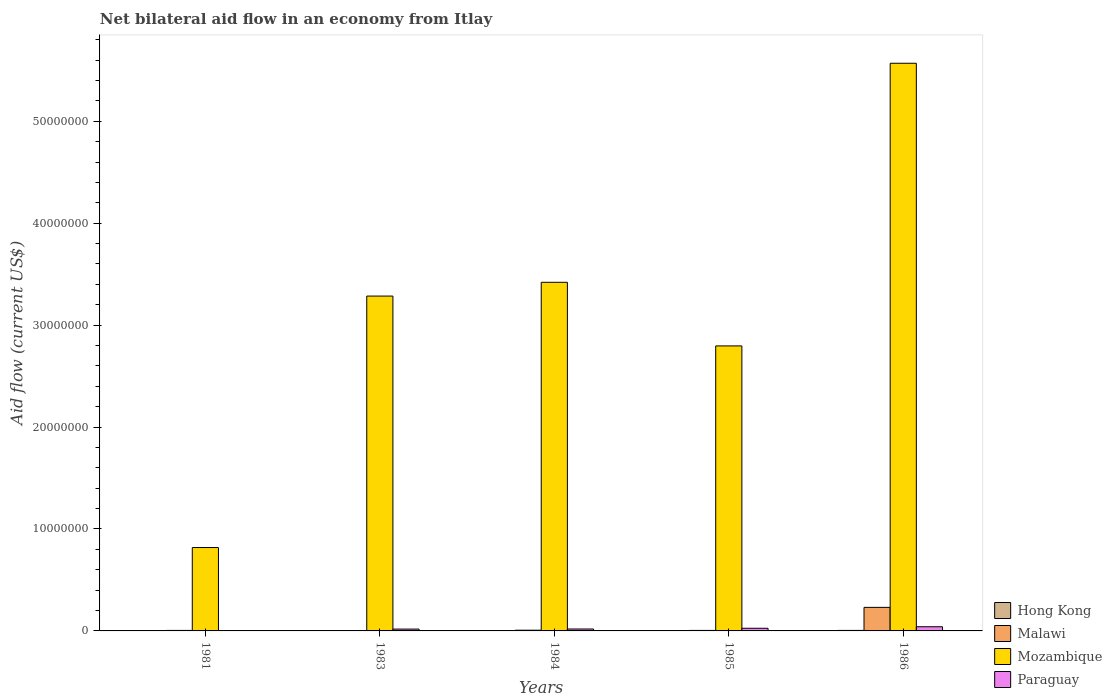
| Years | Hong Kong | Malawi | Mozambique | Paraguay |
 | --- | --- | --- | --- | --- |
 | 1981 | 1e+04 | 5e+04 | 8.18e+06 | 4e+04 |
 | 1983 | 2e+04 | 2e+04 | 3.28e+07 | 1.8e+05 |
 | 1984 | 2e+04 | 7e+04 | 3.42e+07 | 1.9e+05 |
 | 1985 | 1e+04 | 5e+04 | 2.8e+07 | 2.6e+05 |
 | 1986 | 5e+04 | 2.31e+06 | 5.57e+07 | 4.1e+05 |